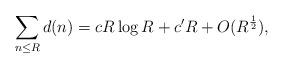
LaTeX: \begin{align*} \sum_{n \leq R} d(n) = cR \log R + c' R + O(R^{\frac{1}{2}}),\end{align*}